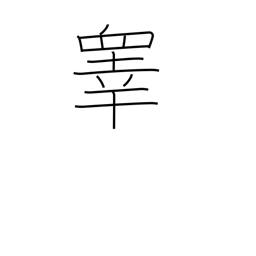
Meaning: testicles